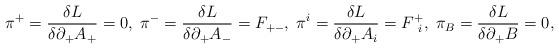
LaTeX: \begin{align*}{\pi}^+=\frac{{\delta}L}{{\delta}{\partial}_+A_+}=0,\;{\pi}^-=\frac{{\delta}L}{{\delta}{\partial}_+A_-}=F_{+-},\;{\pi}^i=\frac{{\delta}L}{{\delta}{\partial}_+A_i}=F^+_{\;\;i},\;{\pi}_B=\frac{{\delta}L}{{\delta}{\partial}_+B}=0, \end{align*}